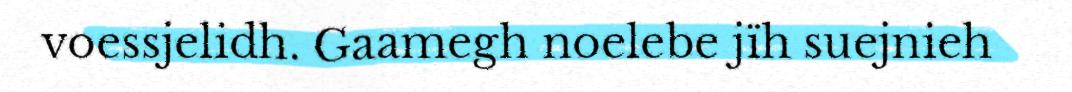
voessjelidh. Gaamegh noelebe jïh suejnieh